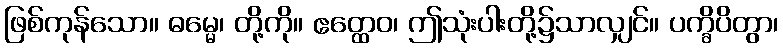
ဖြစ်ကုန်သော။ ဓမ္မေ၊ တို့ကို။ ဧတ္ထေဝ၊ ဤသုံးပါးတို့၌သာလျှင်။ ပက္ခိပိတွာ၊